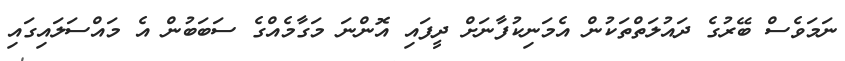
ނަމަވެސް ބޭރުގެ ދައުލަތްތަކުން އެމަނިކުފާނަށް ދީފައި އޮންނަ މަގާމެއްގެ ސަބަބުން އެ މައްސަލައިގައި